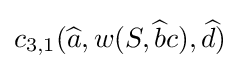
c_{3,1}({\widehat {a}},w(S,{\widehat {b}}c),{\widehat {d}})